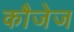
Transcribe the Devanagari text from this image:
कौजेज